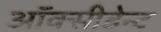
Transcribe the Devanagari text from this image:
ऑक्सीडेन्ट